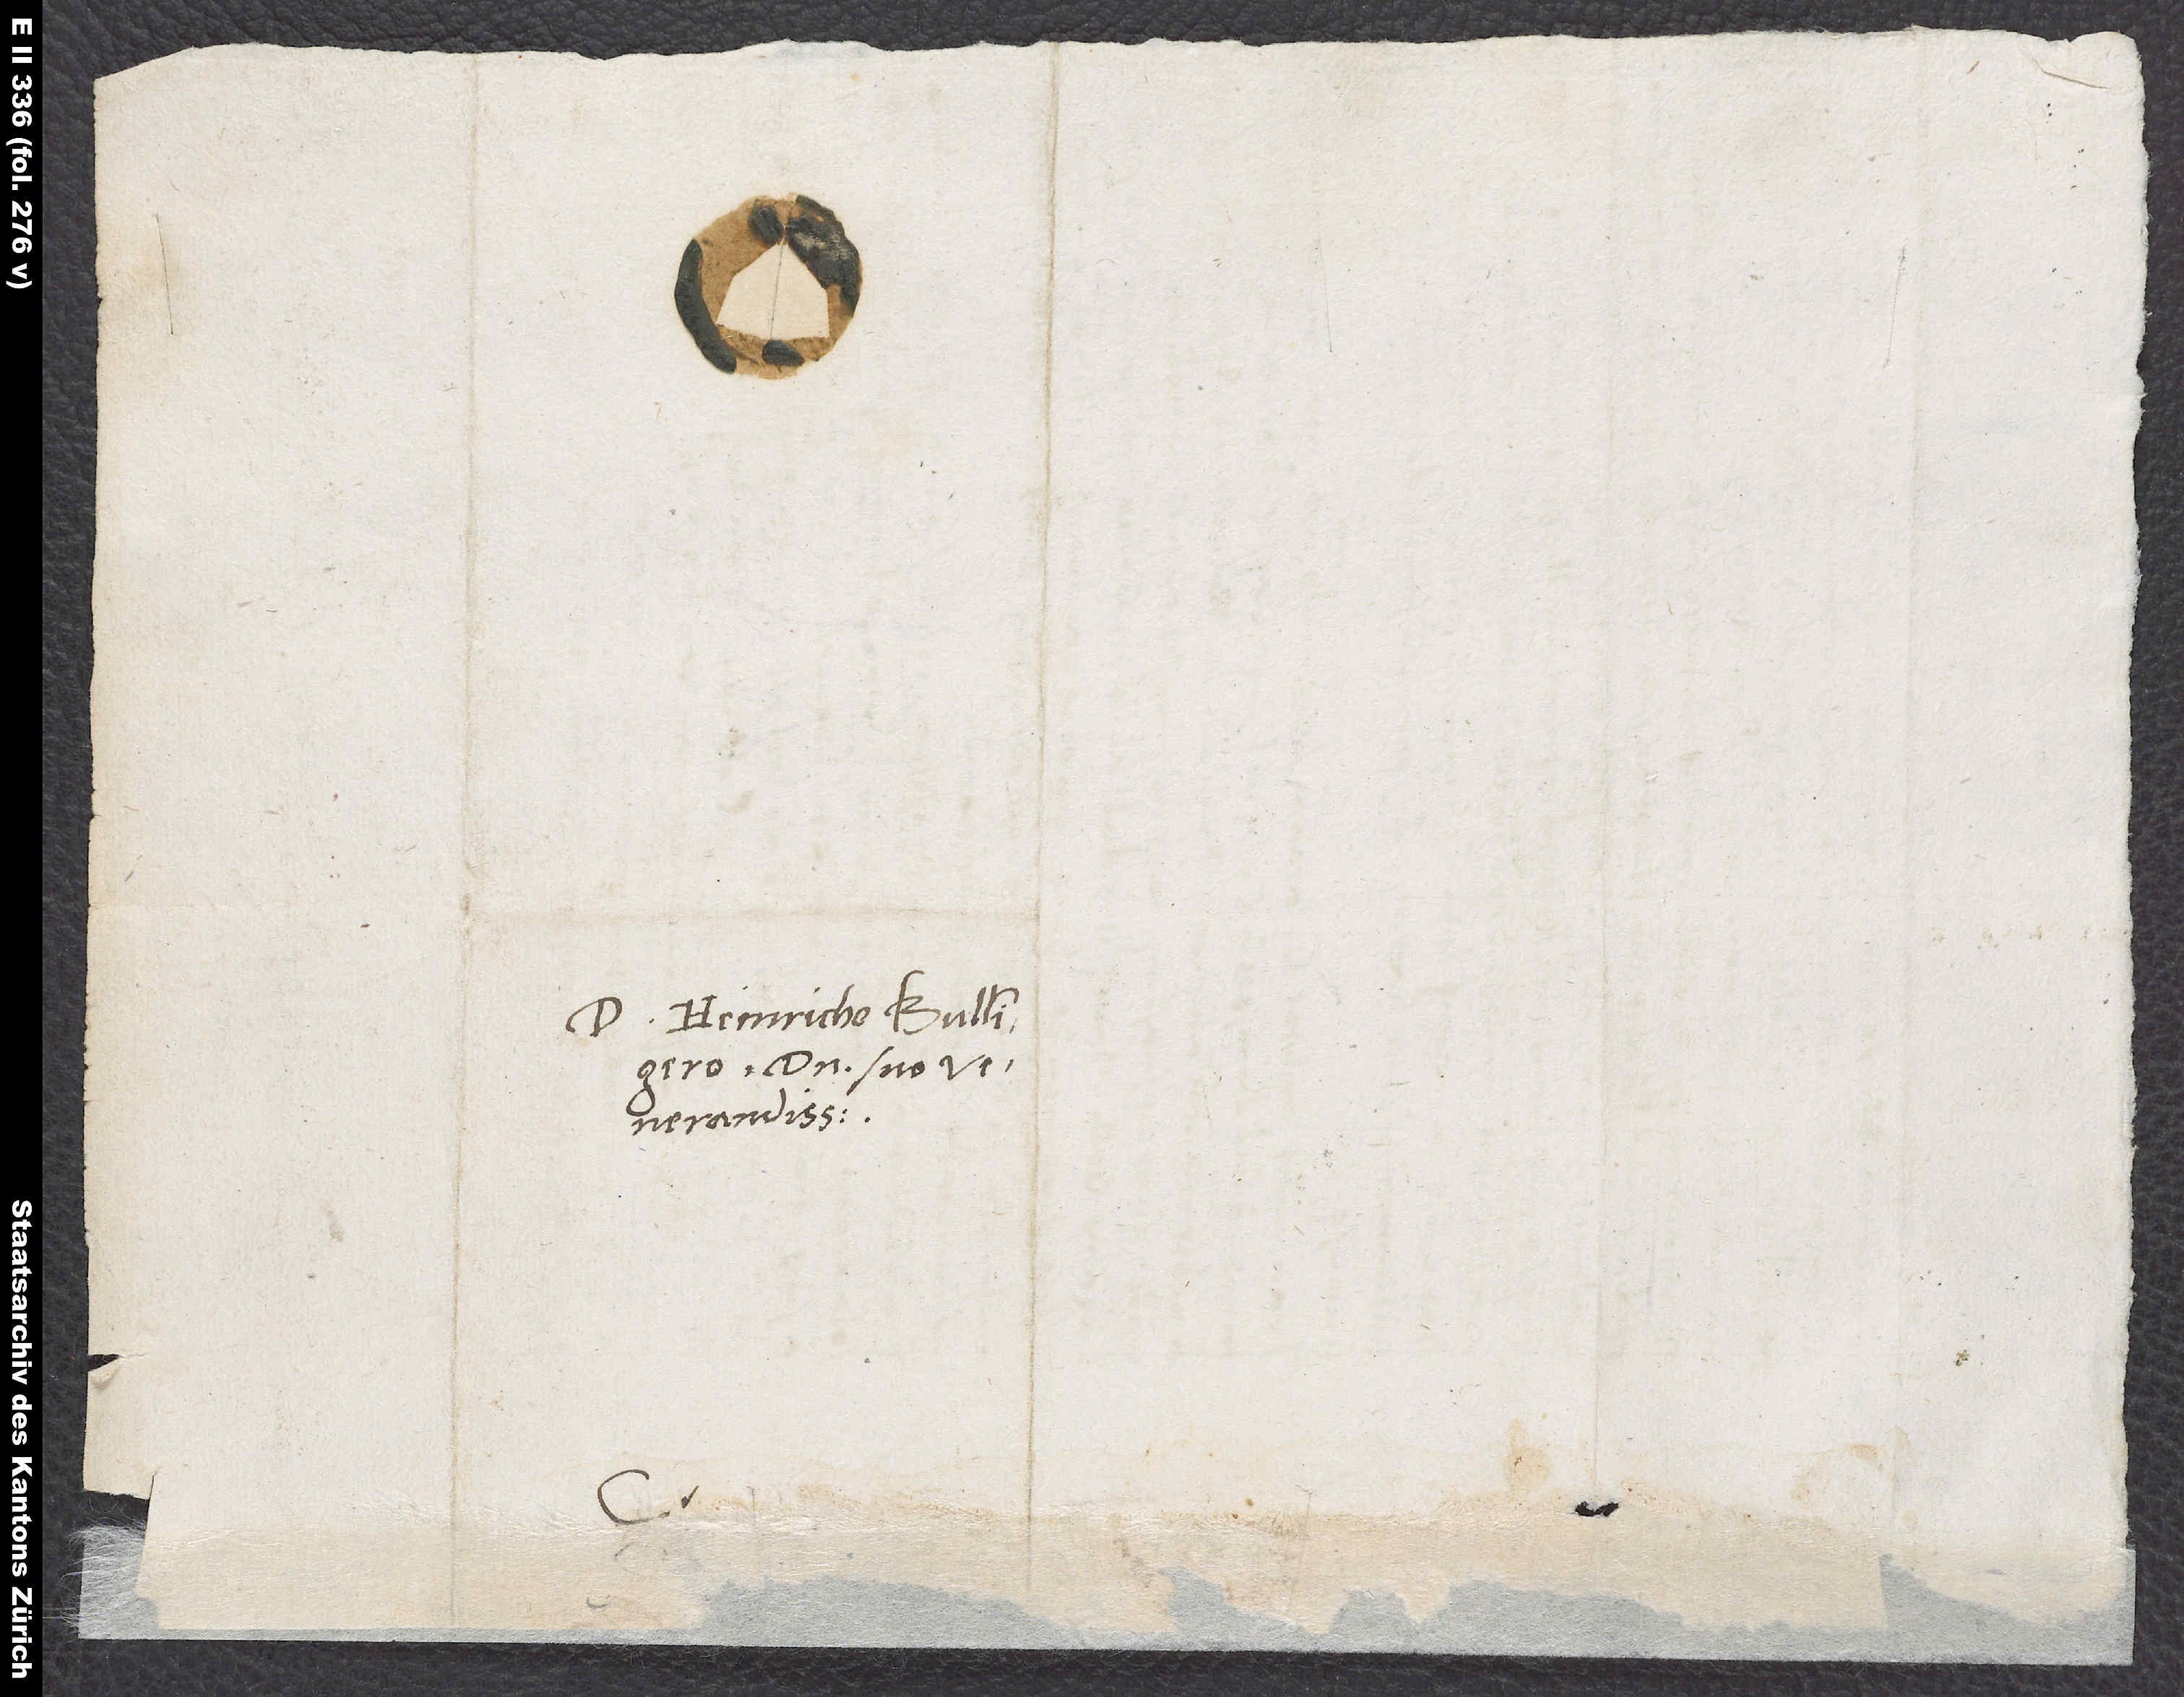
Heinricho Bullingero,
domino suo
venerandissimo.